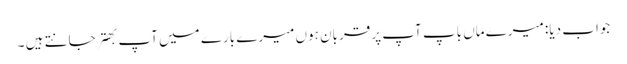
جواب دیا: میرے ماں باپ آپ پر قربان ہوں میرے بارے میں آپ بهتر جانتے ہیں ۔